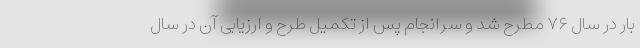
بار در سال ۷۶ مطرح شد و سرانجام پس از تکمیل طرح و ارزیابی آن در سال